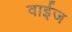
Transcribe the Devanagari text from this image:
वाईज